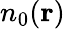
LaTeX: n_{0}({\mathbf r})